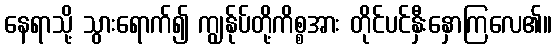
နေရာသို့ သွားရောက်၍ ကျွန်ုပ်တို့ကိစ္စအား တိုင်ပင်နှီးနှောကြလေ၏။